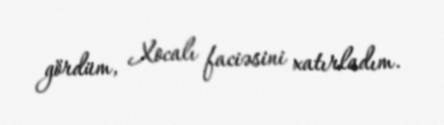
gördüm, Xocalı faciəsini xatırladım.